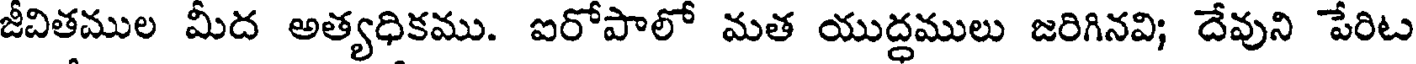
జీవితముల మీద అత్యధికము. ఐరోపాలో మత యుద్ధములు జరిగినవి; దేవుని పేరిట